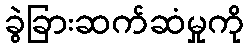
ခွဲခြားဆက်ဆံမှုကို